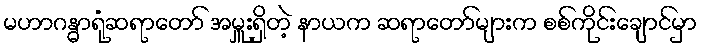
မဟာဂန္ဓာရုံဆရာတော် အမှူးရှိတဲ့ နာယက ဆရာတော်များက စစ်ကိုင်းချောင်မှာ